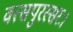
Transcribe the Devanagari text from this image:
वत्सपुरस्सरः।